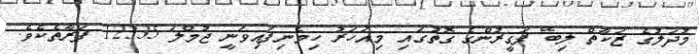
މުދަލުގެ ޒަކާތް ލިބޭ ފަގީރުންގެ ގޮތުގައި މިއަހަރު ހިމެނިފައިވަނީ ޖުމްލަ 12335 ފަރާތެކެވެ.